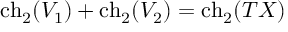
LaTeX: \mathrm { c h } _ { 2 } ( V _ { 1 } ) + \mathrm { c h } _ { 2 } ( V _ { 2 } ) = \mathrm { c h } _ { 2 } ( T X )